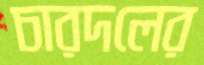
চারদলের